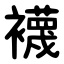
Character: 襪